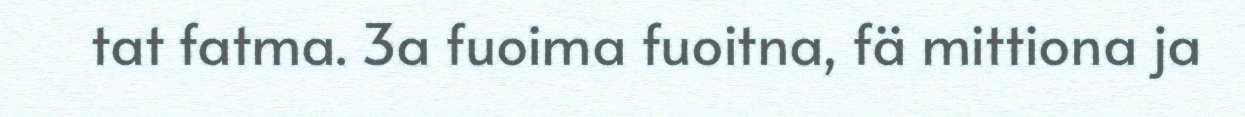
tat fatma. 3a fuoima fuoitna, fä mittiona ja